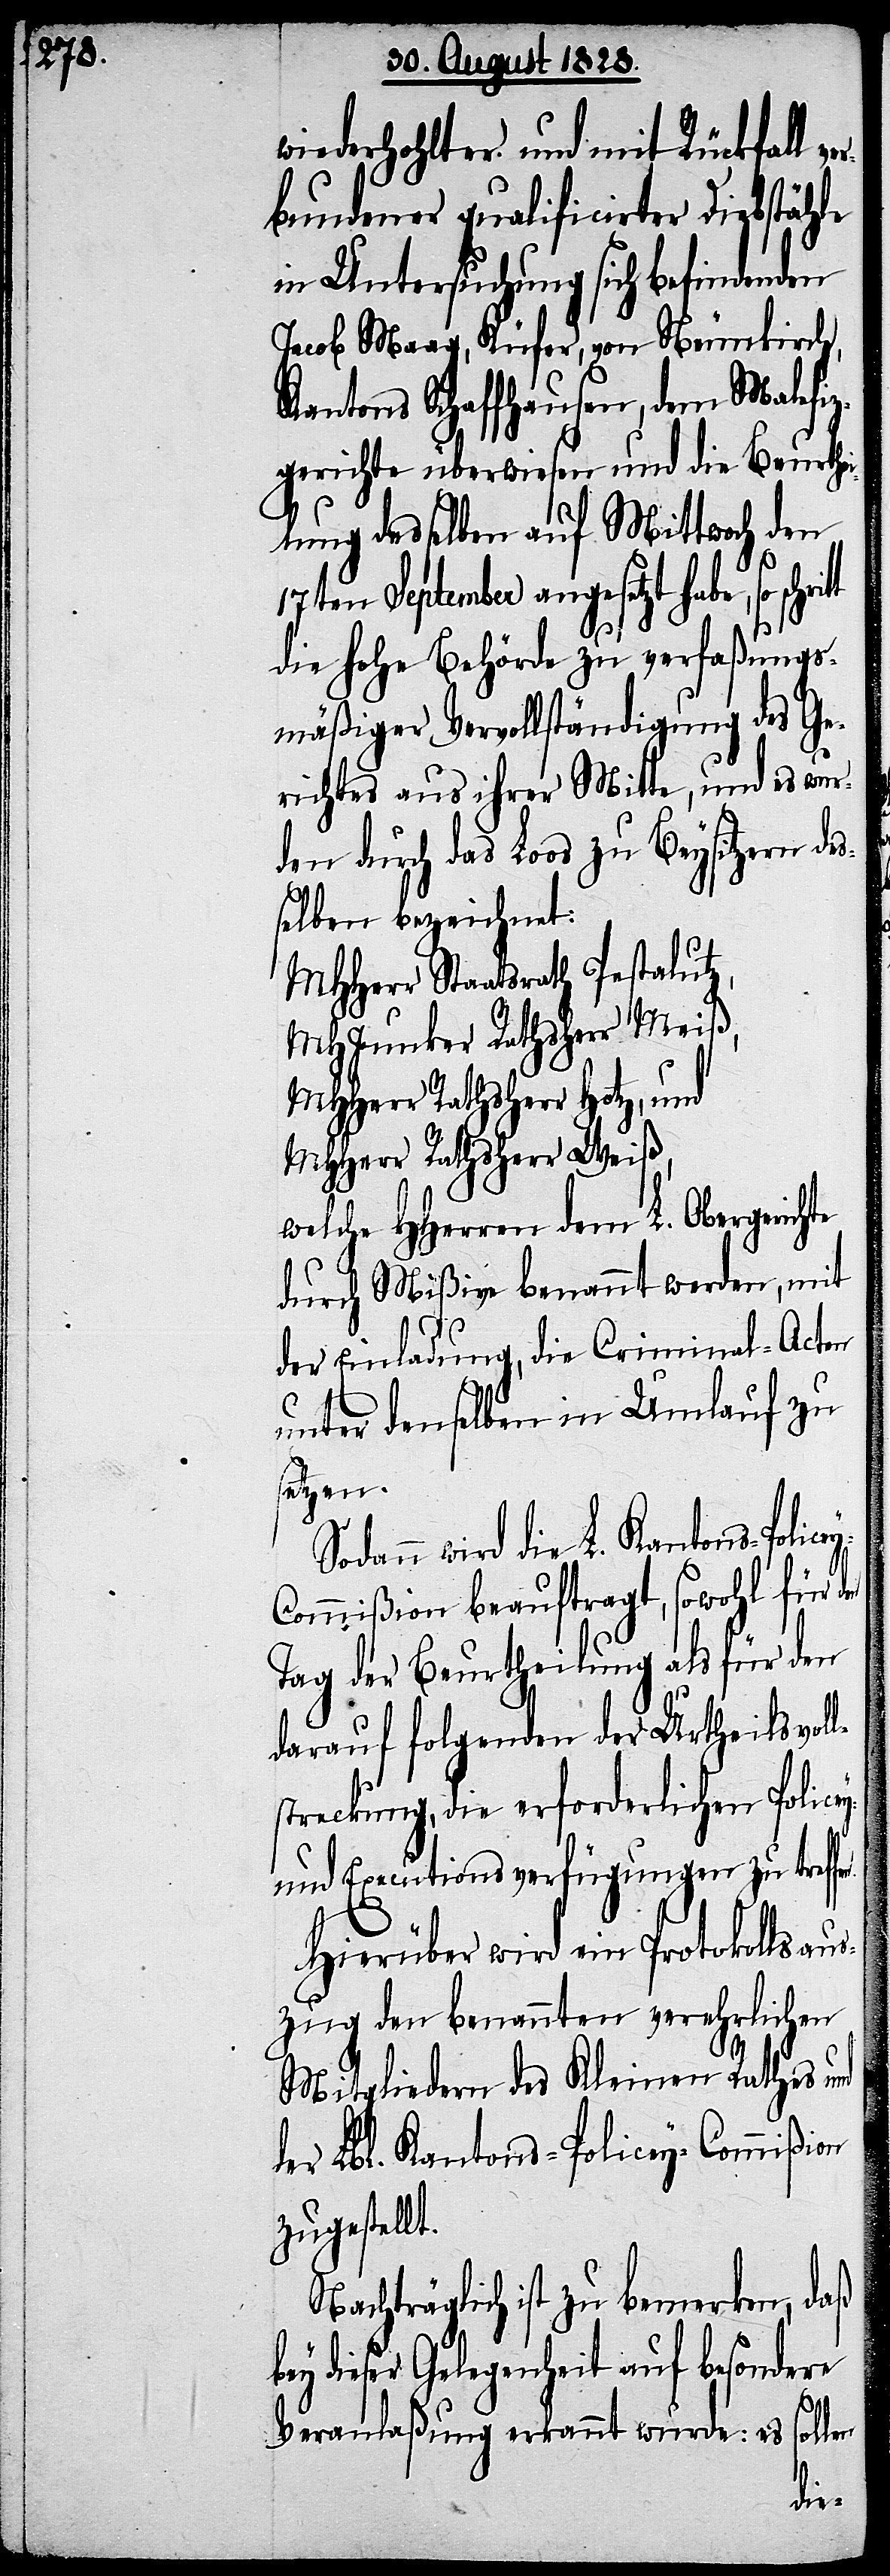
wiederhohlter und mit Rückfall v¬
bundener qualificirter Diebstähle
in Untersuchung sich befindenden
Jacob Maag, Küfer, von Neunkirch,
Kantons Schaffhausen, dem Malefiz¬
gerichte überwiesen und die Beurthei¬
lung desselben auf Mittwoch den
17ten September angesetzt habe, so
die hohe Behörde zu verfaßungs¬
mäßiger Vervollständigung des Ge¬
richtes aus ihrer Mitte, und es wur¬
den durch das Loos zu Beysitzern des¬
selben bezeichnet:
MHHerr Staatsrath Pestalutz,
MHJunker Rathsherr Meiß,
MHHerr Rathsherr Hotz, und
MHHerr Rathsherr Weiß,
welche HHerren dem L. Obergerichte
durch Mißive benannt werden, mit
der Einladung, die Criminal-Acten
unter denselben in Umlauf zu
setzen.
Sodann wird die L. Kantons-Police¬
ommißion beauftragt, sowohl für d¬
Tag der Beurtheilung als für den
darauf folgenden der Urtheilsvol¬
streckung, die erforderlichen Policey-
und Executionsverfügungen zu treffe¬
Hierüber wird ein Protokollsaus¬
zug den benannten verehrlichen
Mitgliedern des Kleinen Rathes und
der Lbl. Kantons-Policey-Commißion
zugestellt.
Nachträglich ist zu bemerken, daß
dieser Gelegenheit auf besondere
n.
Veranlaßung erkannt wurde: es
sollen